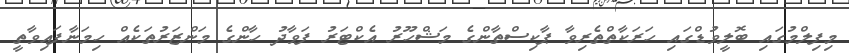
މިފިލްމުގައި ބޮލީވުޑްގައި ހަރަކާތްތެރިވާ ޕާކިސްތާންގެ މަޝްހޫރު އެކްޓަރު ފަވާދު ހާންގެ މަންޒަރުތަކެއް ހިމަނާފައިވާތީ